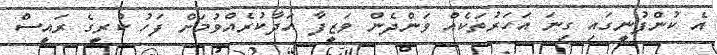
އެ ކުންފުނީގައި ގިނަ އަހަރުތަކެއް ވަންދެން ވަޒީފާ އަދާކުރެއްވުމަށް ފަހު ކުރީގެ ރައީސް